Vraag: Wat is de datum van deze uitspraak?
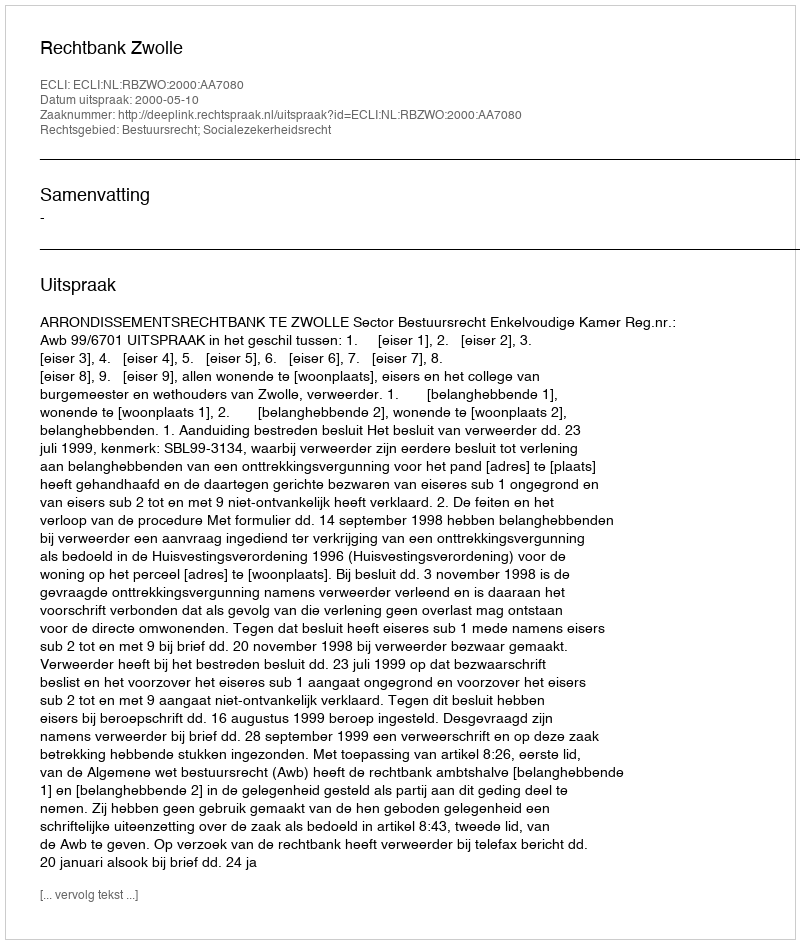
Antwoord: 2000-05-10